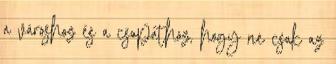
a városhoz és a csapathoz, hogy ne csak az